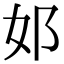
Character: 邚